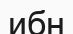
ибн